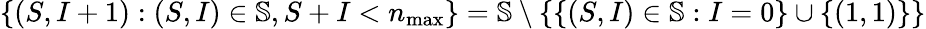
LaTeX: \{ (S,I+1):(S,I)\in\mathbb{S},S+I<n_{\operatorname*{max}}\} =\mathbb{S}\setminus\left\{ \{ (S,I)\in\mathbb{S}:I=0\} \cup\{ (1,1)\} \right\}